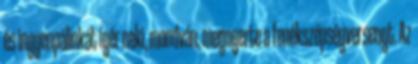
és ingyenpálinkát ígér neki, mondván, megnyerte a fenékszépségversenyt. Az